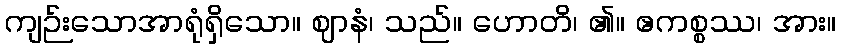
ကျဉ်းသောအာရုံရှိသော။ ဈာနံ၊ သည်။ ဟောတိ၊ ၏။ ဧကစ္စဿ၊ အား။